画像に写った文字を読んでください
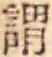
「謂」と書いてあります